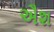
ઐશ